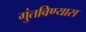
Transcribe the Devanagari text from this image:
गुंतविण्यास